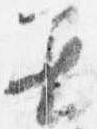
着